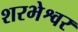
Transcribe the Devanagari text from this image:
शरभेश्वर